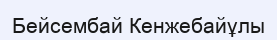
Бейсембай Кенжебайұлы